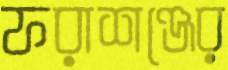
ফরাশঞ্জের